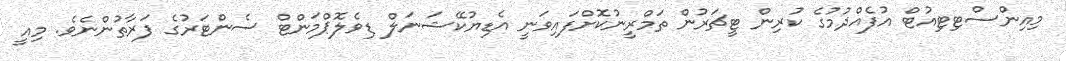
މިއިންސްޓިޓިއުޓް އުފެއްދުމުގެ ކުރިން ޓީޗަރުން ތަމްރީނުކޮށްފައިވަނީ އެޑިޔުކޭޝަނަލް ޑިވެލޮޕްމަންޓް ސެންޓަރުގެ ފަރާތުންނެވެ. މިއީ